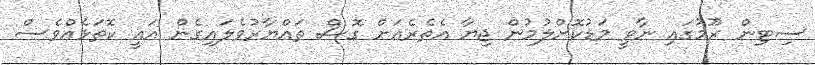
ސިޓިން ރޫމުގައި ނާވީ މަޑުކޮށްލުމުން ޖިޔާ އެތެރެއަށް ގޮސް ތައްޔާރުވެލައިގެން އައީ ކޮތަޅެއްވެސް